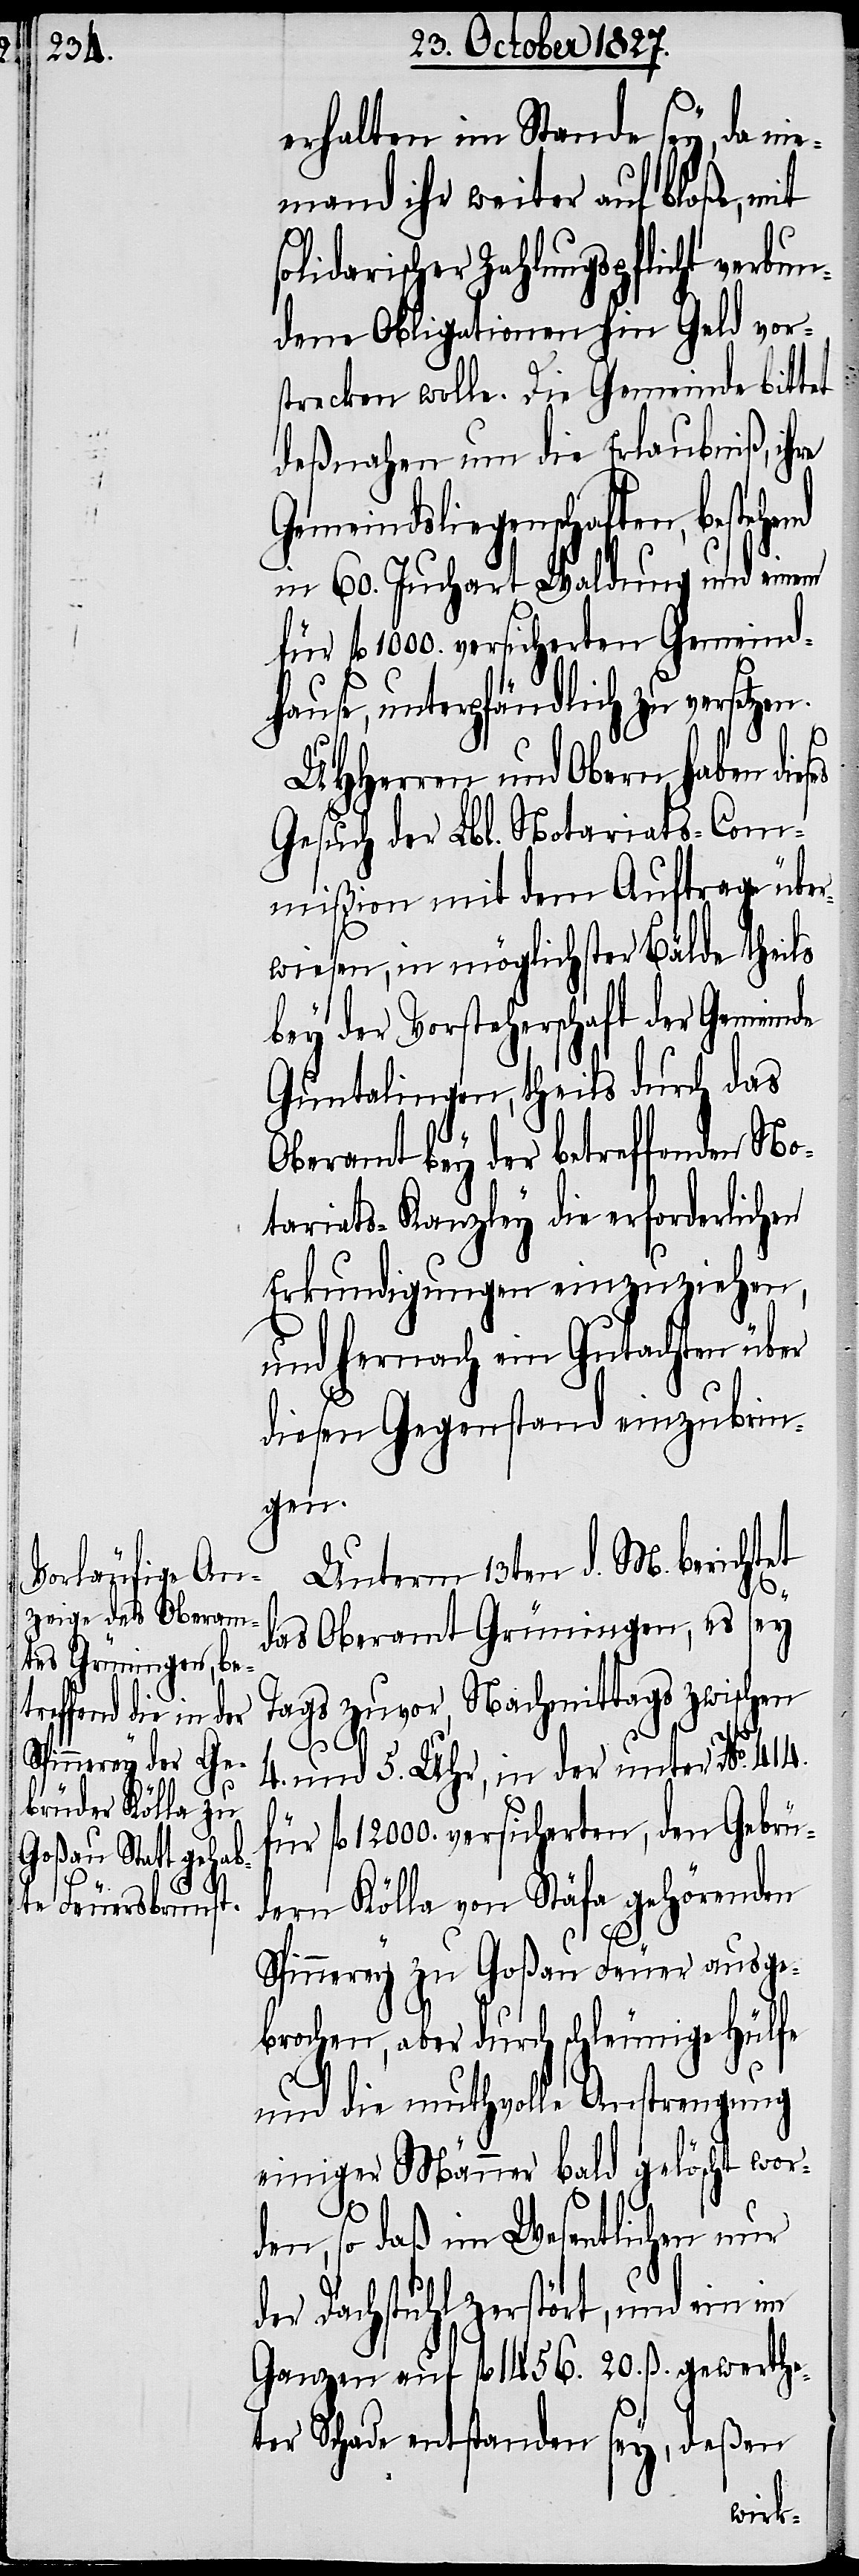
ses

erhalten im Stande sey, da nie¬
mand ihr weiter auf bloße, mit
olidarischer Zahlungspflicht verbun¬
dene Obligationen in Geld vors¬
trecken wolle. Die Gemeinde bittet
deßnahen um die Erlaubniß, ihre
Gemeindsliegenschaften,
in 60. Juchart Waldung und einem
fl. 1000. versicherten Gemeind¬
hause, unterpfändlich zu versetzen.
UHHerren und Obern haben die¬
Gesuch der Lbl. Notariats-Com¬
mißion mit dem Auftrag über¬
wiesen, in möglichster Bälde theils
bey der Vorsteherschaft der Gemeinde
Guntalingen, theils durch das
Oberamt bey der betreffenden No¬
tariats-Kanzley die erforderlichen
Erkundigungen einzuziehen,
und hernach ein Gutachten über
diesen Gegenstand einzubrin¬
gen.
Unterm 13ten d. M. berichtet
das Oberamt Grüningen, es sey
Tags zuvor, Nachmittags zwischen
4.
und 5. Uhr, in der unter No. 414.
fl. 12000. versicherten, den Gebrü¬
dern Kölla von Stäfa gehörenden
Spinnerey zu Goßau Feuer ausge¬
brochen, aber durch schleunige Hülfe
und die muthvolle Anstrengung
einiger Männer bald gelöscht wor¬
den, so daß im Wesentlichen nur
der Dachstuhl zerstört, und ein im
Ganzen auf fl. 1456. 20. ß. gewerthe¬
ter Schade entstanden sey, deßen